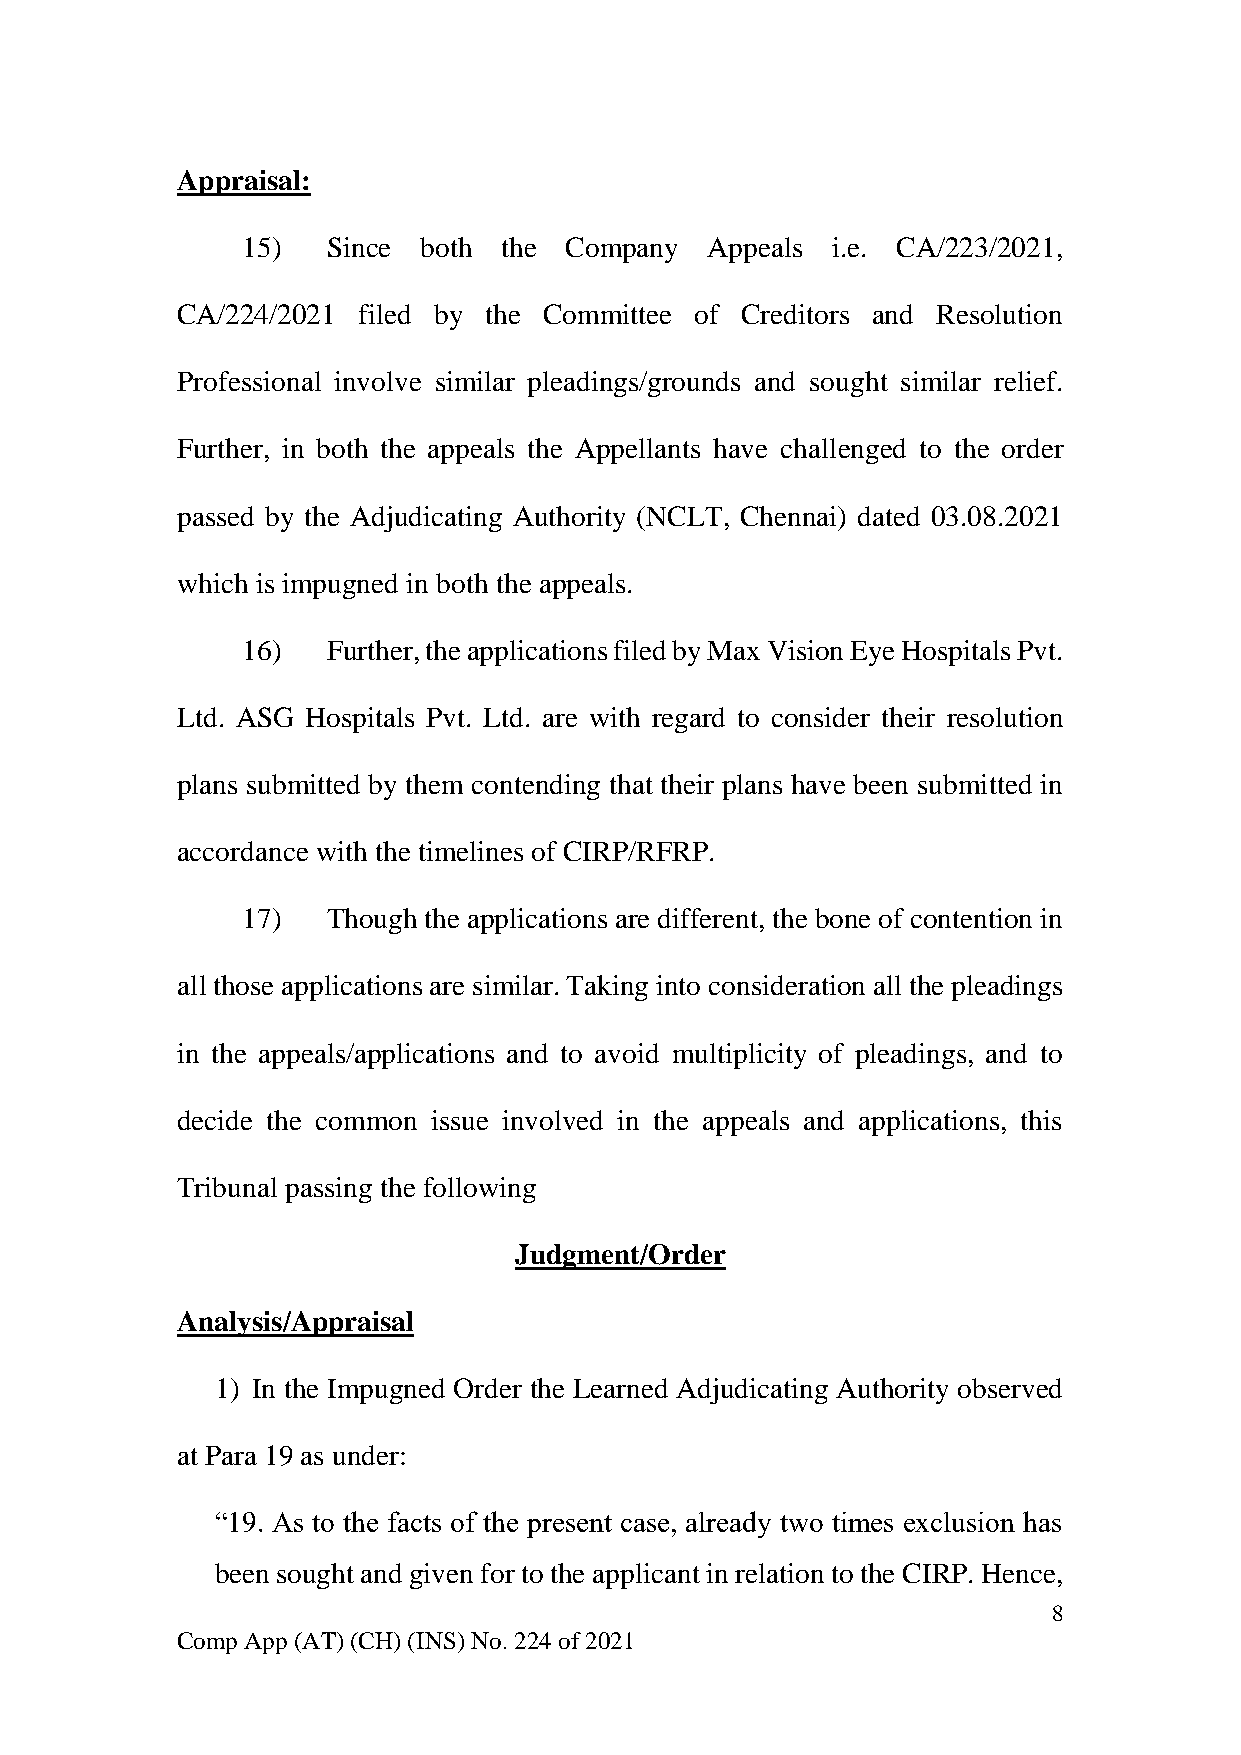
Appraisal:
 15)   Since both the Company   Appeals i.e. CA/223/2021,
 CA/224/2021 filed by the Committee of Creditors and Resolution
 Professional involve similar pleadings/grounds and sought similar relief.
 Further, in both the appeals the Appellants have challenged to the order
 passed by the Adjudicating Authority (NCLT, Chennai) dated 03.08.2021
 which is impugned in both the appeals.
 16)   Further, the applications filed by Max Vision Eye Hospitals Pvt.
 Ltd. ASG Hospitals Pvt. Ltd. are with regard to consider their resolution
 plans submitted by them contending that their plans have been submitted in
 accordance with the timelines of CIRP/RFRP.
 17)   Though the applications are different, the bone of contention in
 all those applications are similar. Taking into consideration all the pleadings
 in the appeals/applications and to avoid multiplicity of pleadings, and to
 decide the common issue involved in the appeals and applications, this
 Tribunal passing the following
 Judgment/Order
 Analysis/Appraisal
 1) In the Impugned Order the Learned Adjudicating Authority observed
 at Para 19 as under:
 “19. As to the facts of the present case, already two times exclusion has
 been sought and given for to the applicant in relation to the CIRP. Hence,
 8
 Comp App (AT) (CH) (INS) No. 224 of 2021